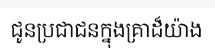
ជូនប្រជាជនក្នុងគ្រាដ៏យ៉ាង